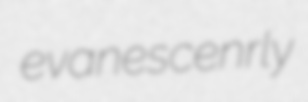
evanescenrly